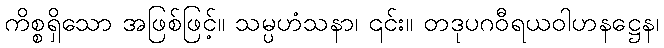
ကိစ္စရှိသော အဖြစ်ဖြင့်။ သမ္ပဟံသနာ၊ ၎င်း။ တဒုပဂဝီရယဝါဟနဋ္ဌေန၊